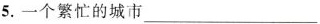
5.一个繁忙的城市___